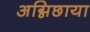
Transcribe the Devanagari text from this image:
अग्निछाया